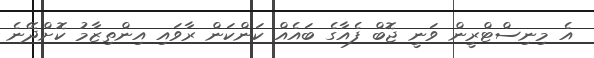
އެ މިނިސްޓްރީން ވަނީ ޖޮބް ފެއާގެ ބައެއް ކަންކަން ރާވައި އިންތިޒާމު ކޮށްދޭނެ